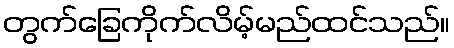
တွက်ခြေကိုက်လိမ့်မည်ထင်သည်။